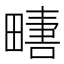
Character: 𱰿